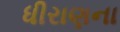
ધીરાણના